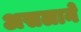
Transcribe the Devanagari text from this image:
असलाने